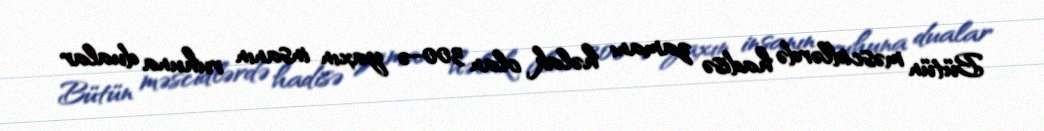
Bütün məscidlərdə hadisə zamanı həlak olan 300-ə yaxın insanın ruhuna dualar